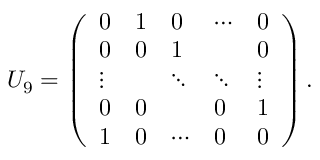
U _ { 9 } = \left( \begin{array} { l l l l l } { { 0 } } & { { 1 } } & { { 0 } } & { { \cdots } } & { { 0 } } \\ { { 0 } } & { { 0 } } & { { 1 } } & { { } } & { { 0 } } \\ { { \vdots } } & { { } } & { { \ddots } } & { { \ddots } } & { { \vdots } } \\ { { 0 } } & { { 0 } } & { { } } & { { 0 } } & { { 1 } } \\ { { 1 } } & { { 0 } } & { { \cdots } } & { { 0 } } & { { 0 } } \end{array} \right) .